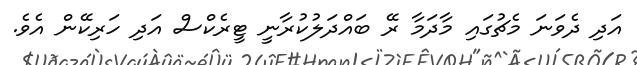
އަދި ދެވަނަ މެޗުގައި މާދަމާ ރޭ ބައްދަލުކުރާނީ ޓީރެކްސް އަދި ހަރިކޭން އެވެ.